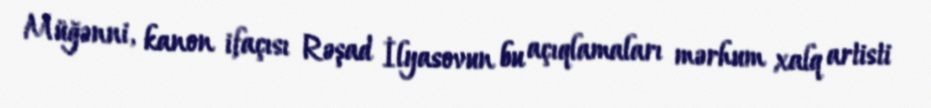
Müğənni, kanon ifaçısı Rəşad İlyasovun bu açıqlamaları mərhum xalq artisti